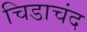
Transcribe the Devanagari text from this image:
चिडाचंद